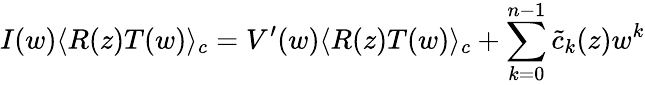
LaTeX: I(w)\langle R(z)T(w)\rangle_{c}=V^{\prime}(w)\langle R(z)T(w)\rangle_{c}+\sum_{k=0}^{n-1}{\tilde{c}}_{k}(z)w^{k}